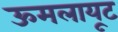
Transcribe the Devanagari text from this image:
ऊमलायूट